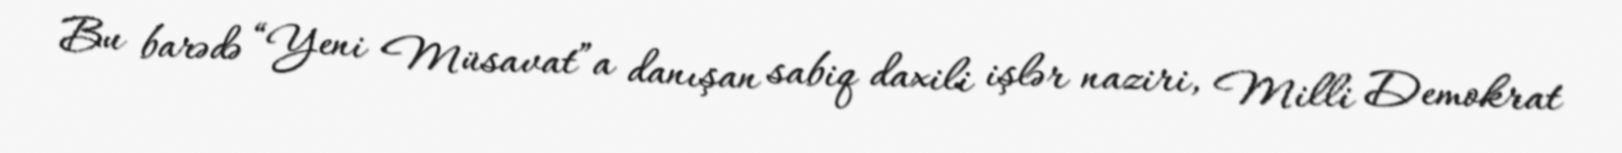
Bu barədə “Yeni Müsavat”a danışan sabiq daxili işlər naziri, Milli Demokrat